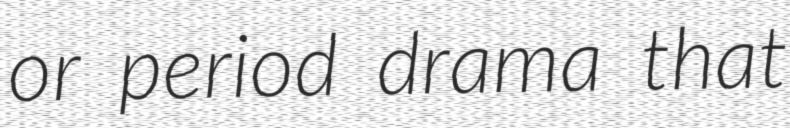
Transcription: or period drama that